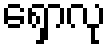
ရှောလု